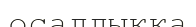
осалдыққа